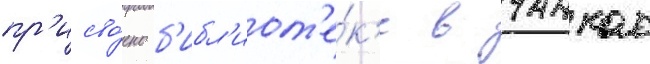
пр'исво́ено б'ибл'иот'е́к'е в чанкае